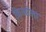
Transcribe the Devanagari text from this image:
क्रिओला